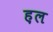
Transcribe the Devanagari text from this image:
ह़ल